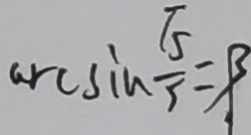
\arcsin \frac { \sqrt { 5 } } { 5 } = \beta